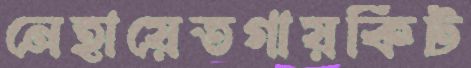
নেহায়েতগায়কিট